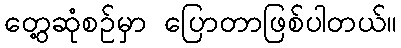
တွေ့ဆုံစဉ်မှာ ပြောတာဖြစ်ပါတယ်။